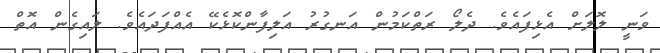
ވަނީ ލޮލަށް އެޅިފައެވެ. ދެލޯ ރަތްކަމުން އަނގުރު އަލިފާންކޮޅެކޭ އެއްފަދައެވެ. ލައިގެން އޮތް